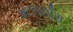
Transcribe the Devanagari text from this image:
अल्लरडैस